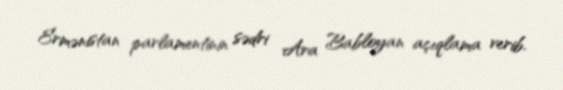
Ermənistan parlamentinin sədri Ara Babloyan açıqlama verib.